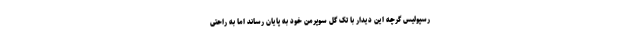
رسپولیس گرچه این دیدار با تک گل سوپرمن خود به پایان رساند اما به راحتی